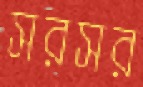
সরসর